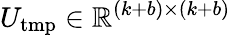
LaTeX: U_{\mathrm{tmp}}\in\mathbb{R}^{(k+b)\times(k+b)}